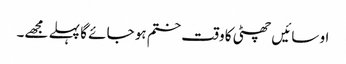
او سائیں چھٹی کا وقت ختم ہو جائے گا پہلے مجھے۔